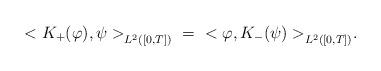
LaTeX: \begin{align*}{<K_{+}(\varphi),\psi>}_{L^2([0,T])} \ = \ {<\varphi,K_{-}(\psi)>}_{L^2([0,T])}.\end{align*}